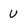
Character: U